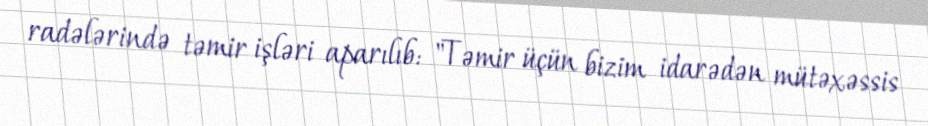
radələrində təmir işləri aparılıb: "Təmir üçün bizim idarədən mütəxəssis